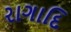
રાગાદિ